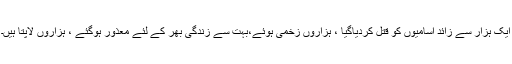
ایک ہزار سے زائد آسامیوں کو قتل کردیاگیا ، ہزاروں زخمی ہوئے،بہت سے زندگی بھر کے لئے معذور ہوگئے ، ہزاروں لاپتا ہیں۔